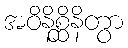
အဝိနိစ္ဆိနိတွာ